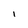
Character: i